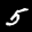
Label: 5